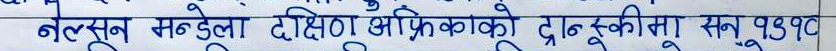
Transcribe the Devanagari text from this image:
नेल्सन मन्डेला दक्षिण अफ्रिकाको द्रुस्कुमा सन् १९९०